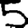
Digit: 5